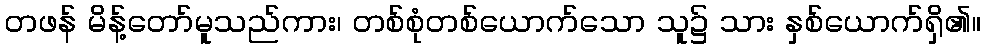
တဖန် မိန့်တော်မူသည်ကား၊ တစ်စုံတစ်ယောက်သော သူ၌ သား နှစ်ယောက်ရှိ၏။